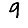
Digit: 9